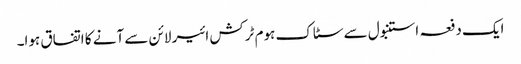
ایک دفعہ استنبول سے سٹاک ہوم ٹرکش ائیر لائن سے آنے کا اتفاق ہوا۔